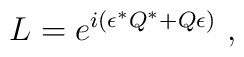
L = e^{i(\epsilon^{\ast} Q^{\ast} + Q \epsilon)}~,